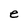
Character: e